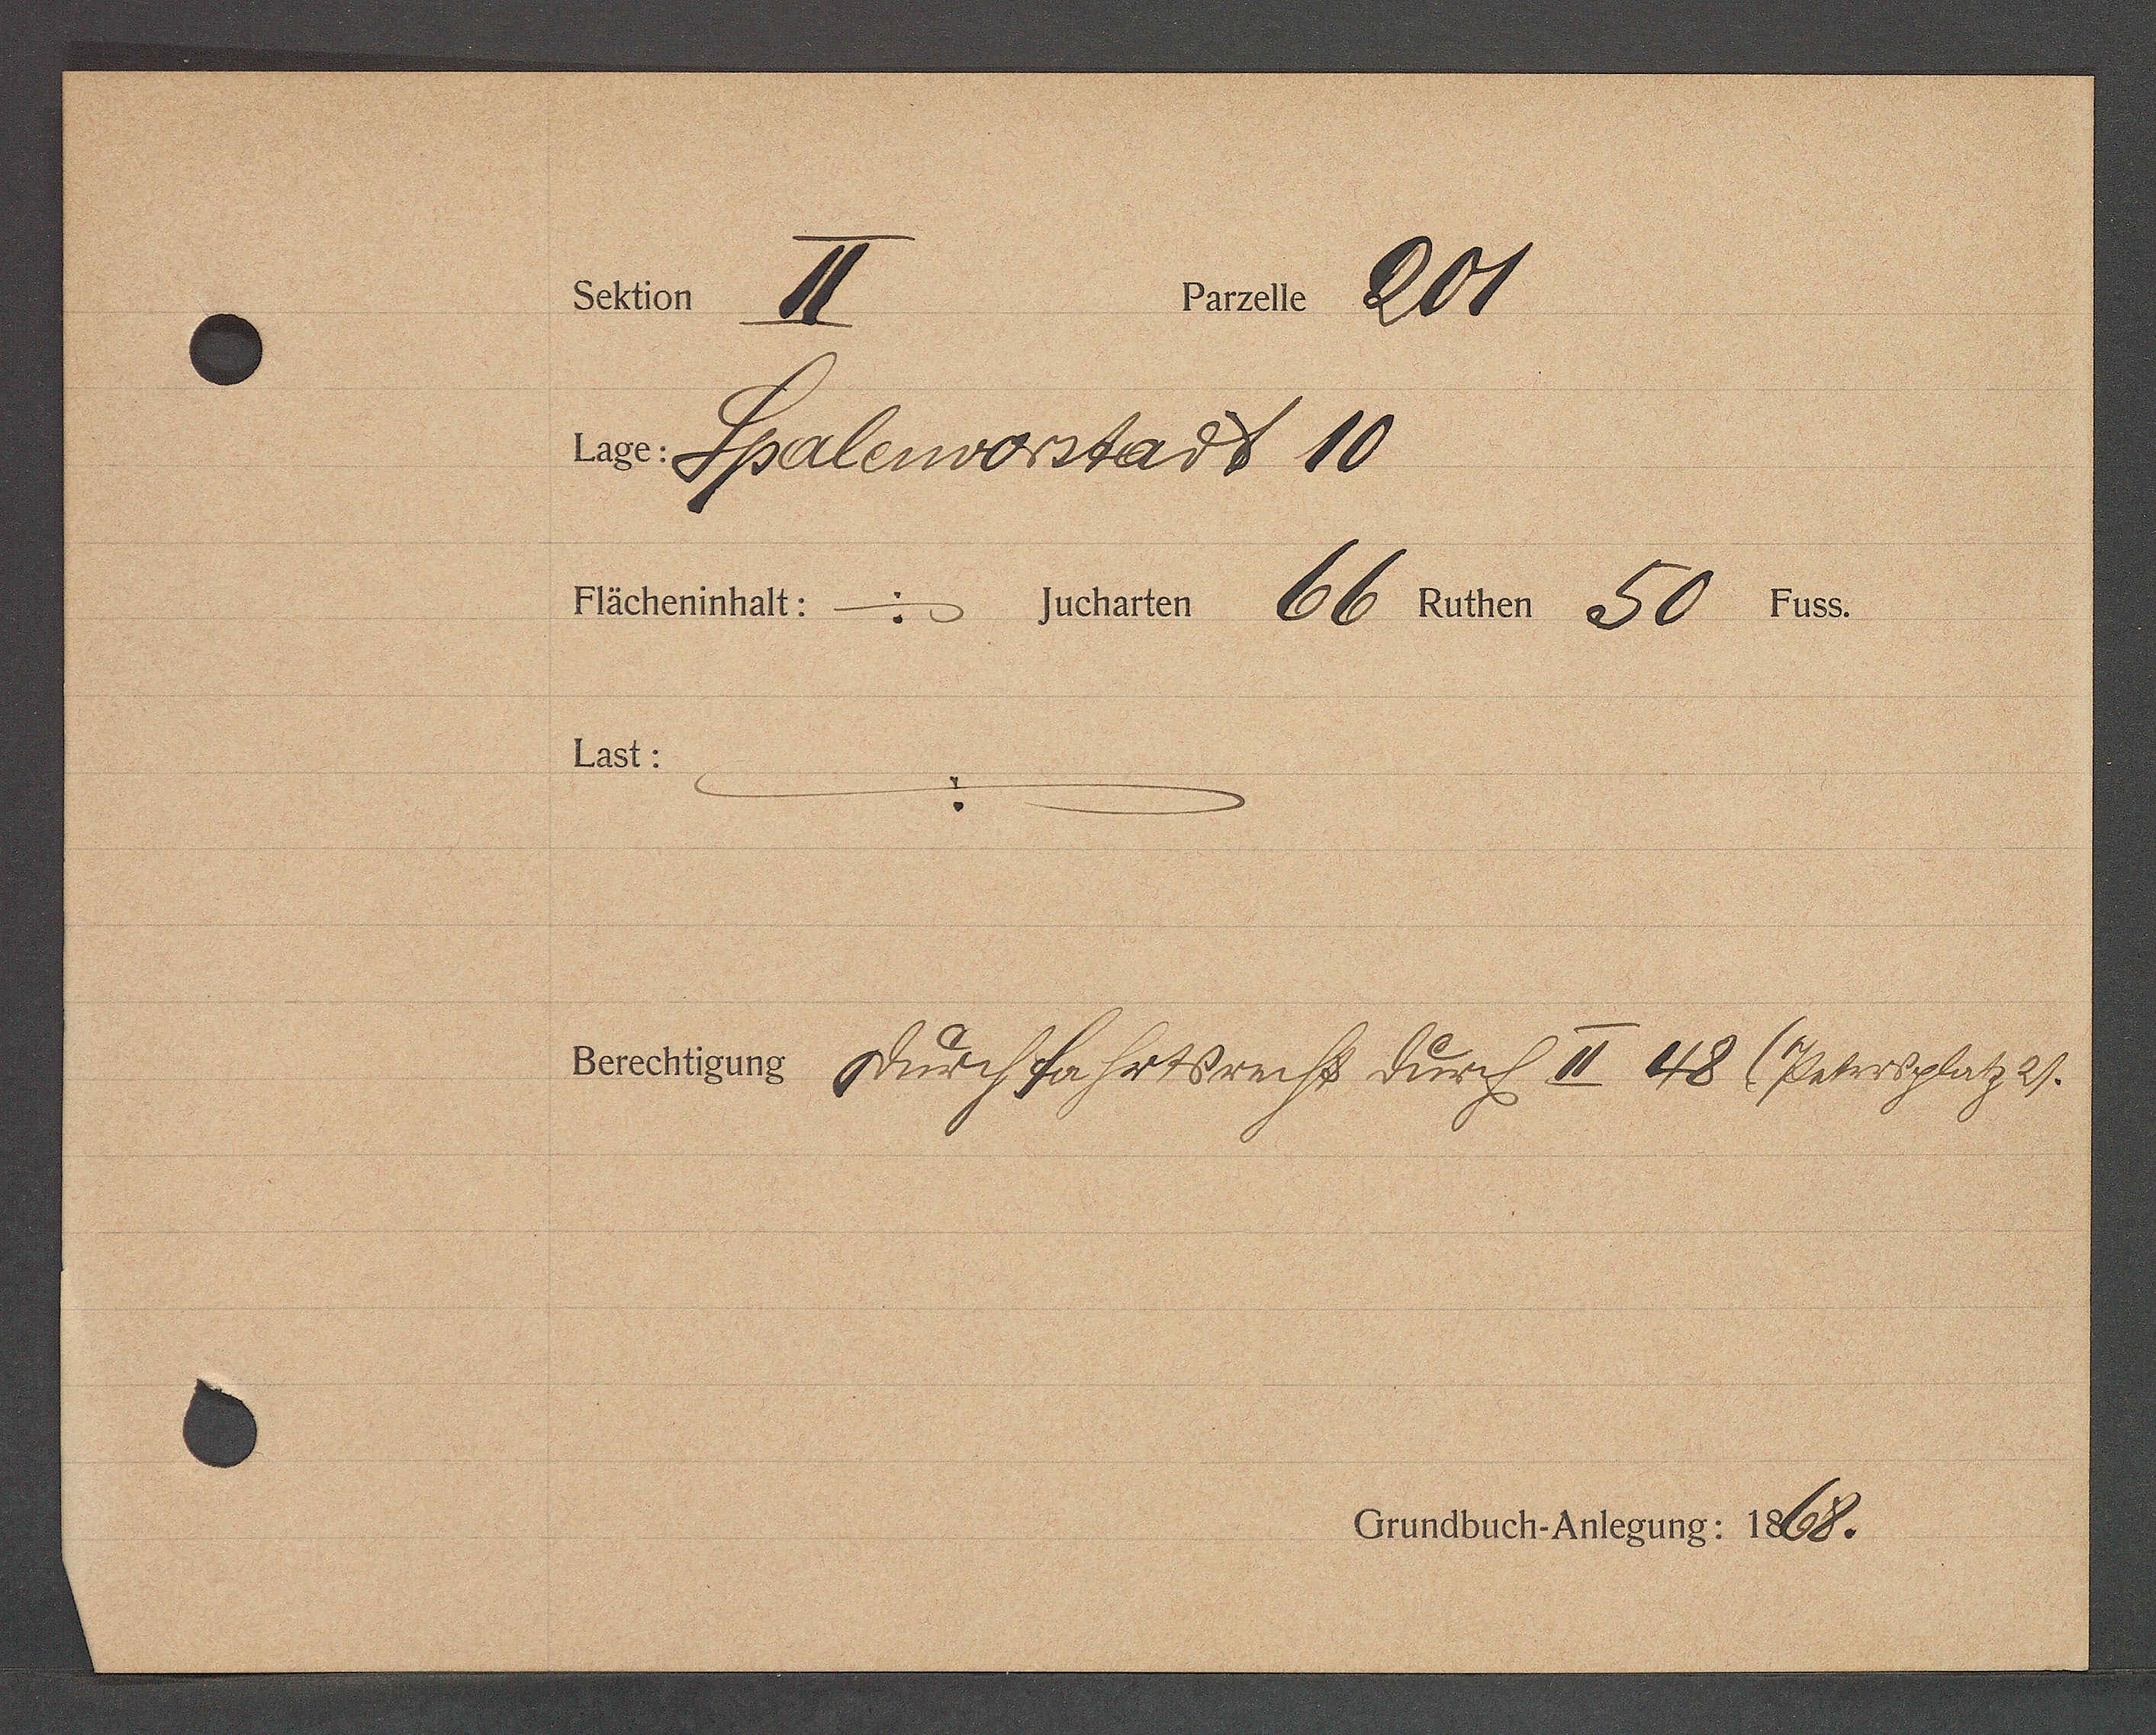
Transcript:
Stier 1

Pet. 201

in Spalenvorstadt 10
Frittet: - Gasten 66 fl. 50 45.
1251:
Josters güeffasst sonst auf v 48. Petersber 21.
Cunrat also 1568.